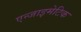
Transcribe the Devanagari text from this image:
एन्जाइमेटिक